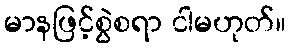
မာနဖြင့်စွဲစရာ ငါမဟုတ်။